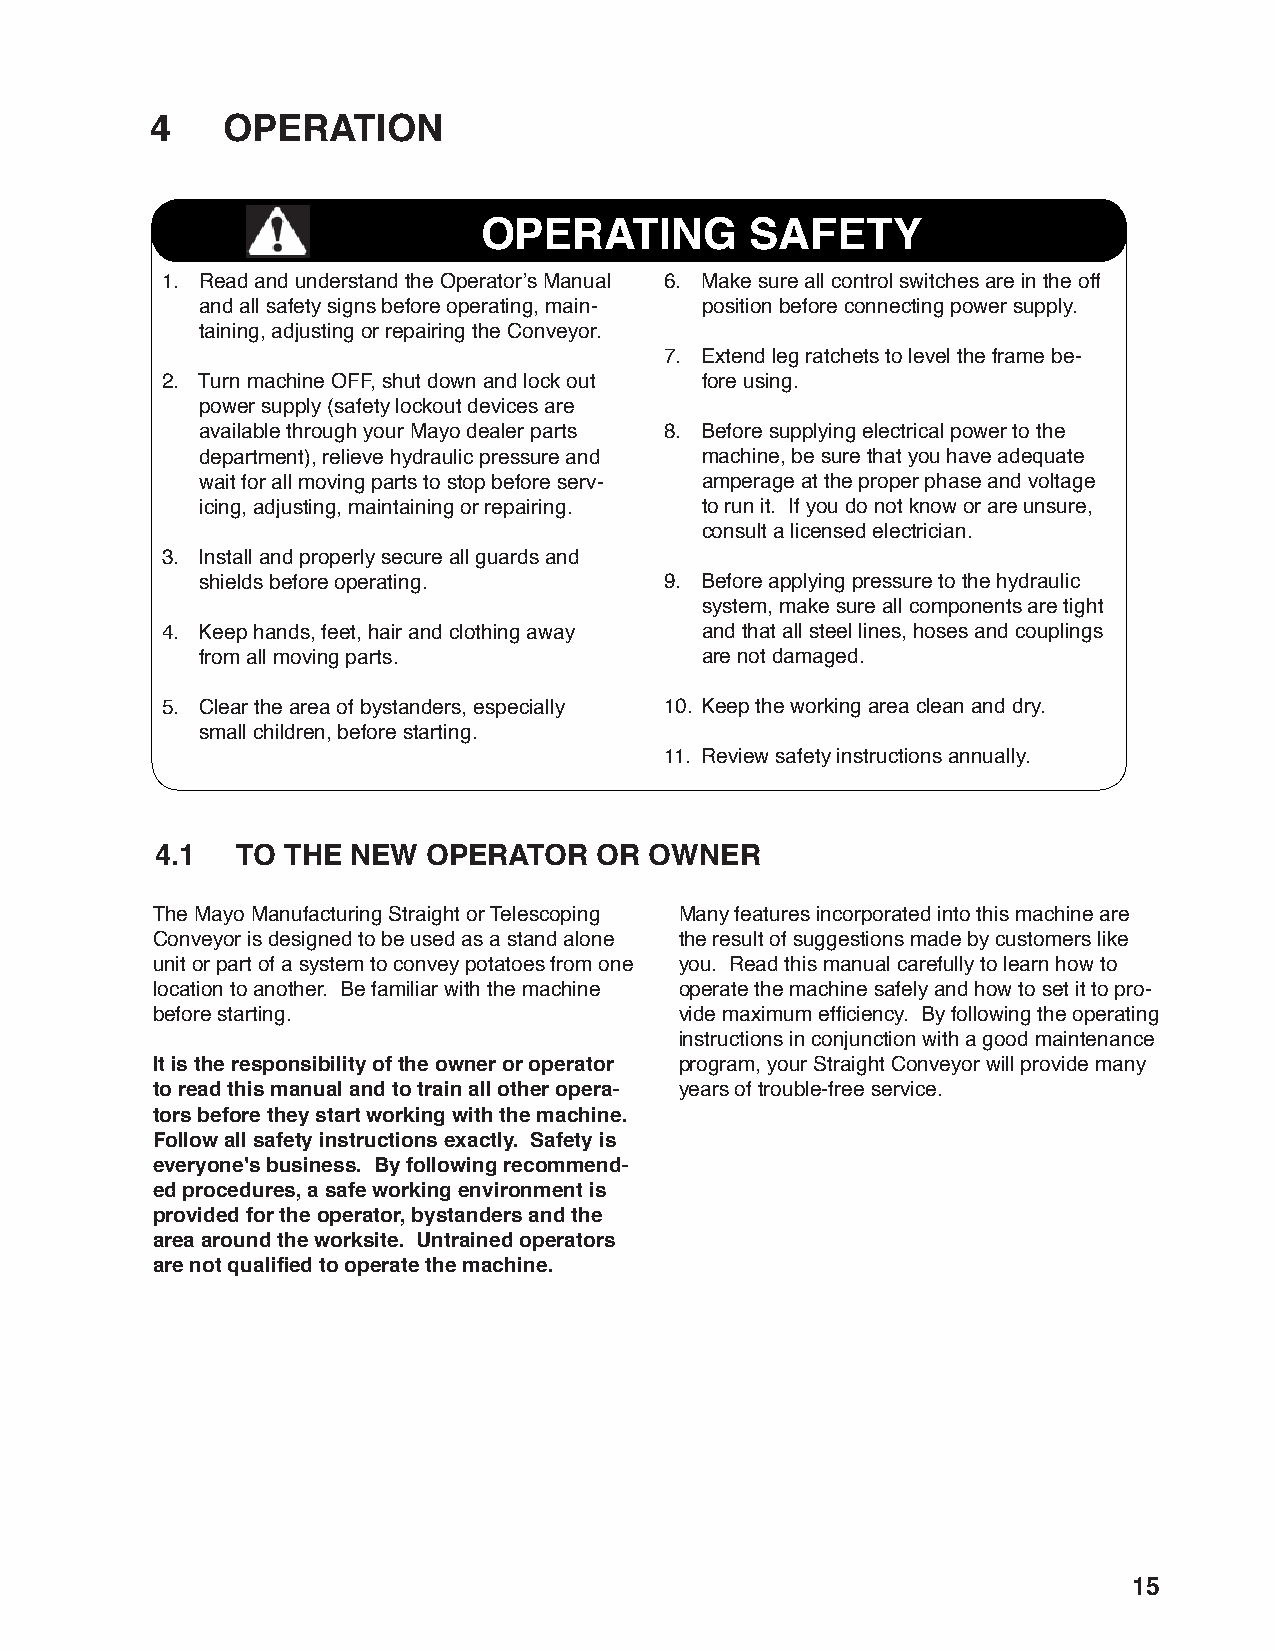
4    OPERATION
 OPERATING         SAFETY
 1. Read and understand the Operator’s Manual 6. Make sure all control switches are in the off
 and all safety signs before operating, main- position before connecting power supply.
 taining, adjusting or repairing the Conveyor.
 7. Extend leg ratchets to level the frame be-
 2. Turn machine OFF, shut down and lock out fore using.
 power supply (safety lockout devices are
 available through your Mayo dealer parts 8. Before supplying electrical power to the
 department), relieve hydraulic pressure and machine, be sure that you have adequate
 wait for all moving parts to stop before serv- amperage at the proper phase and voltage
 icing, adjusting, maintaining or repairing. to run it. If you do not know or are unsure,
 consult a licensed electrician.
 3. Install and properly secure all guards and
 shields before operating.      9. Before applying pressure to the hydraulic
 system, make sure all components are tight
 4. Keep hands, feet, hair and clothing away and that all steel lines, hoses and couplings
 from all moving parts.           are not damaged.
 5. Clear the area of bystanders, especially 10. Keep the working area clean and dry.
 small children, before starting.
 11. Review safety instructions annually.
 4.1   TO THE NEW  OPERATOR    OR OWNER
 The Mayo Manufacturing Straight or Telescoping Many features incorporated into this machine are
 Conveyor is designed to be used as a stand alone the result of suggestions made by customers like
 unit or part of a system to convey potatoes from one you. Read this manual carefully to learn how to
 location to another. Be familiar with the machine operate the machine safely and how to set it to pro-
 before starting.                   vide maximum effi ciency. By following the operating
 instructions in conjunction with a good maintenance
 It is the responsibility of the owner or operator program, your Straight Conveyor will provide many
 to read this manual and to train all other opera- years of trouble-free service.
 tors before they start working with the machine.
 Follow all safety instructions exactly. Safety is
 everyone's business. By following recommend-
 ed procedures, a safe working environment is
 provided for the operator, bystanders and the
 area around the worksite. Untrained operators
 are not qualifi ed to operate the machine.
 15